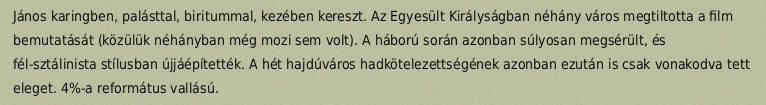
János karingben, palásttal, biritummal, kezében kereszt. Az Egyesült Királyságban néhány város megtiltotta a film bemutatását (közülük néhányban még mozi sem volt). A háború során azonban súlyosan megsérült, és fél-sztálinista stílusban újjáépítették. A hét hajdúváros hadkötelezettségének azonban ezután is csak vonakodva tett eleget. 4%-a református vallású.